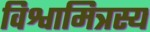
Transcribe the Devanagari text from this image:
विश्वामित्रस्य